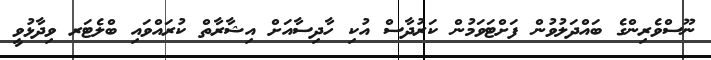
ނޫސްވެރިންގެ ބައްދަލުވުން ފަށްޓަވަމުން ކަރުދާސް އުކި ހާދިސާއަށް އިޝާރާތް ކުރައްވައި ބްލެޓަރ ވިދާޅުވީ